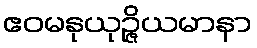
ဧဝမနုယုဉ္ဇိယမာနာ